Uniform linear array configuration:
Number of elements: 4
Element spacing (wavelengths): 0.25
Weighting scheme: hann
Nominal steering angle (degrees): -60
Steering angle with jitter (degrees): -59.034
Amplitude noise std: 0.05
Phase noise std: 0.05

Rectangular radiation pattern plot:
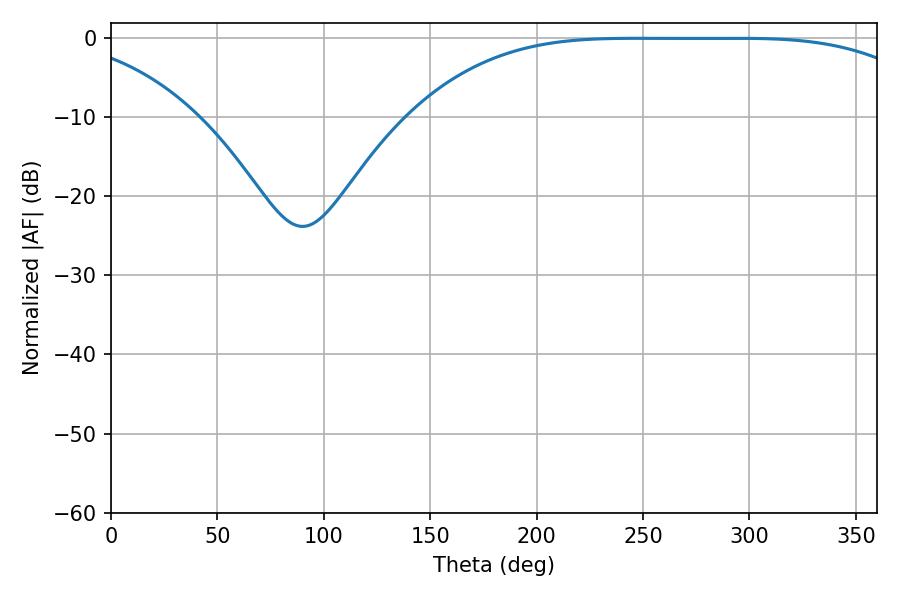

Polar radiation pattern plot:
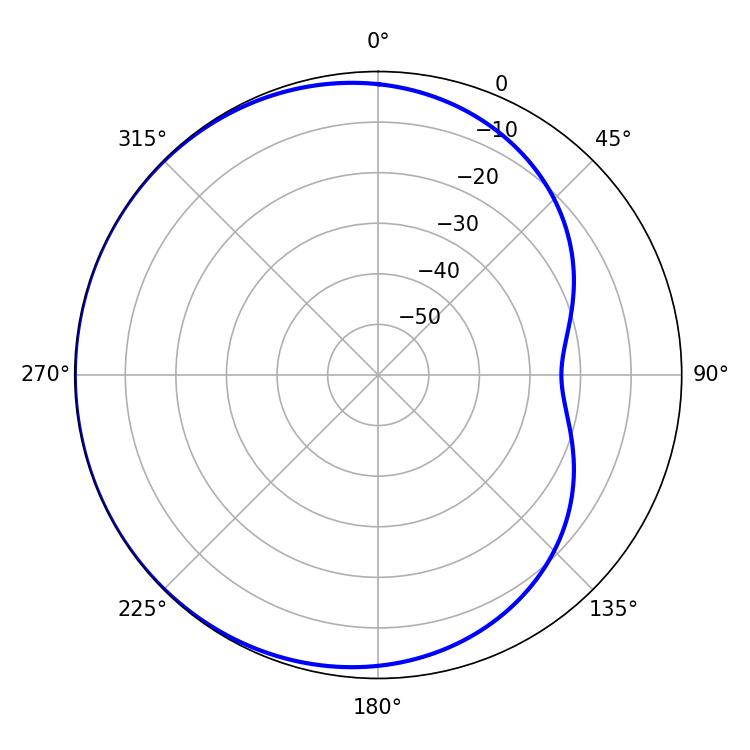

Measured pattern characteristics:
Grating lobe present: FALSE
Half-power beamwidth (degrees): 184.5
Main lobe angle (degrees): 247.14